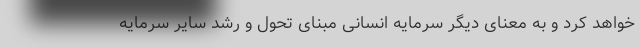
خواهد کرد و به معنای دیگر سرمایه انسانی مبنای تحول و رشد سایر سرمایه